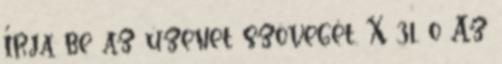
Írja be az üzenet szövegét. X 31. o Az